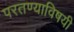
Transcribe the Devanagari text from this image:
परतण्याविषयी